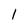
Character: 1